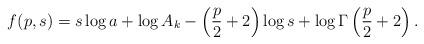
LaTeX: \begin{align*}f(p,s) = s\log a+\log A_k-\left(\frac{p}{2}+2\right)\log s + \log \Gamma\left(\frac{p}{2}+2\right).\end{align*}